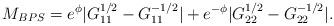
LaTeX: \begin{align*}M_{BPS}= e^\phi|G_{11}^{1/2}-G_{11}^{-1/2}| + e^{-\phi}|G_{22}^{1/2}-G_{22}^{-1/2}|.\end{align*}